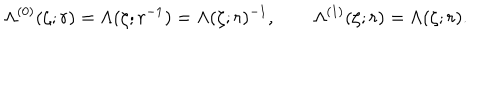
LaTeX: \Lambda ^ { ( 0 ) } ( \zeta ; r ) = \Lambda ( \zeta ; r ^ { - 1 } ) = \Lambda ( \zeta ; r ) ^ { - 1 } , \qquad \Lambda ^ { ( 1 ) } ( \zeta ; r ) = \Lambda ( \zeta ; r ) .